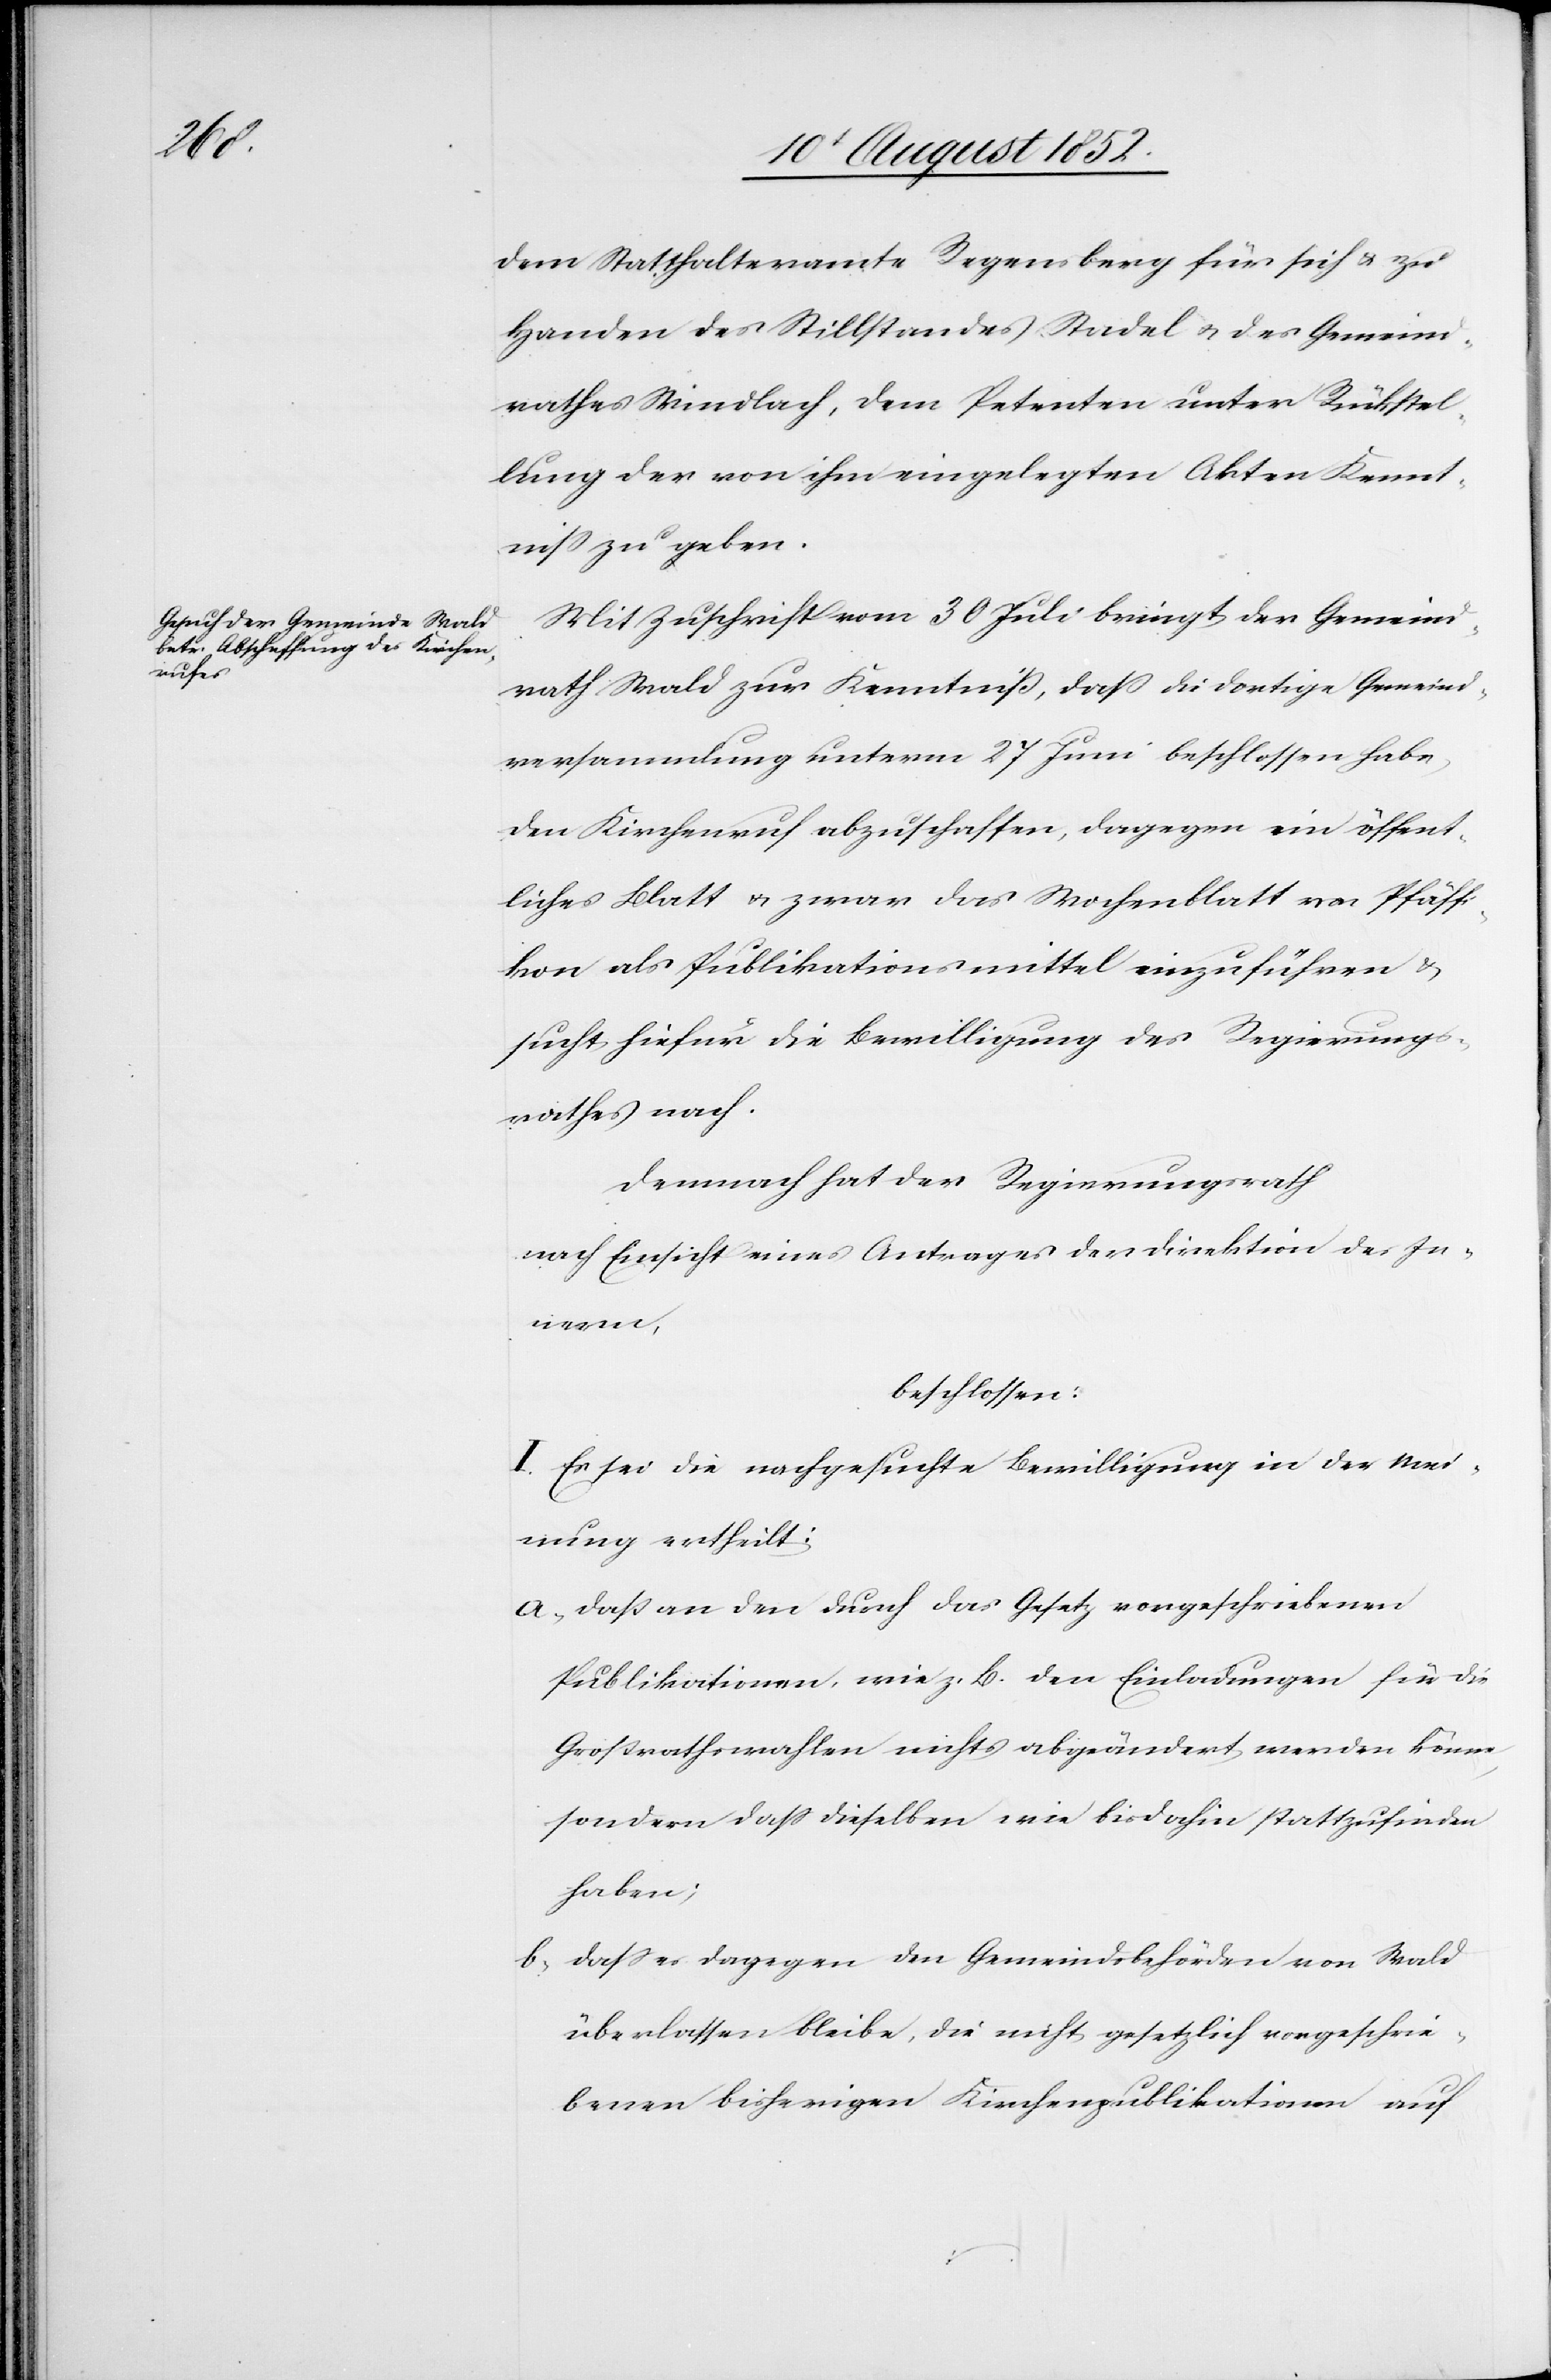
dem Statthalteramte Regensberg für sich & zu
Handen des Stillstandes Stadel & des Gemeind¬
rathes Windlach, dem Petenten unter Rückstel¬
lung der von ihm eingelegten Akten Kennt¬
niss zu geben.
Mit Zuschrift vom 30 Juli bringt der Gemeind¬
rath Wald zur Kenntniß, dass die dortige Gemeind¬
versammlung unterm 27 Juni beschlossen habe,
den Kirchenruf abzuschaffen, dagegen ein öffent¬
liches Blatt & zwar das Wochenblatt von Pfäffi¬
kon als Publikationsmittel einzuführen &
sucht hiefür die Bewilligung des Regierungs¬
rathes nach.
Demnach hat der Regierungsrath
nach Einsicht eines Antrages der Direktion des In¬
nern,
beschlossen:
I. Es sei die nachgesuchte Bewilligung in der Mei¬
nung ertheilt:
daß an den durch das Gesetz vorgeschriebenen
Publikationen, wie z. B. den Einladungen für die
Großrathswahlen nichts abgeändert werden könne,
sondern dass dieselben wie bisdahin stattzufinden
haben;
dass es dagegen den Gemeindsbehörden von Wald
überlassen bleibe, die nicht gesetzlich vorgeschrie¬
benen bisherigen Kirchenpublikationen auf